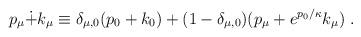
LaTeX: \begin{align*}p_\mu \dot{+} k_\mu \equiv \delta_{\mu,0}(p_0+k_0) + (1-\delta_{\mu,0})(p_\mu +e^{p_0/\kappa} k_\mu) ~. \end{align*}